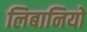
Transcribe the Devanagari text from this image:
लिबानियो